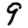
Digit: 9